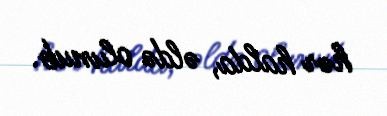
hər halda, əldə olunub.